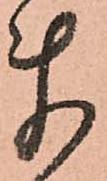
ま